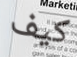
كيف